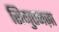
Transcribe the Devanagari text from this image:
सिगुएनज़ा